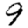
Digit: 9